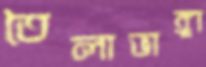
তৈলাভাঙ্গা